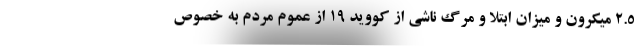
۲.۵ میکرون و میزان ابتلا و مرگ ناشی از کووید ۱۹ از عموم مردم به خصوص